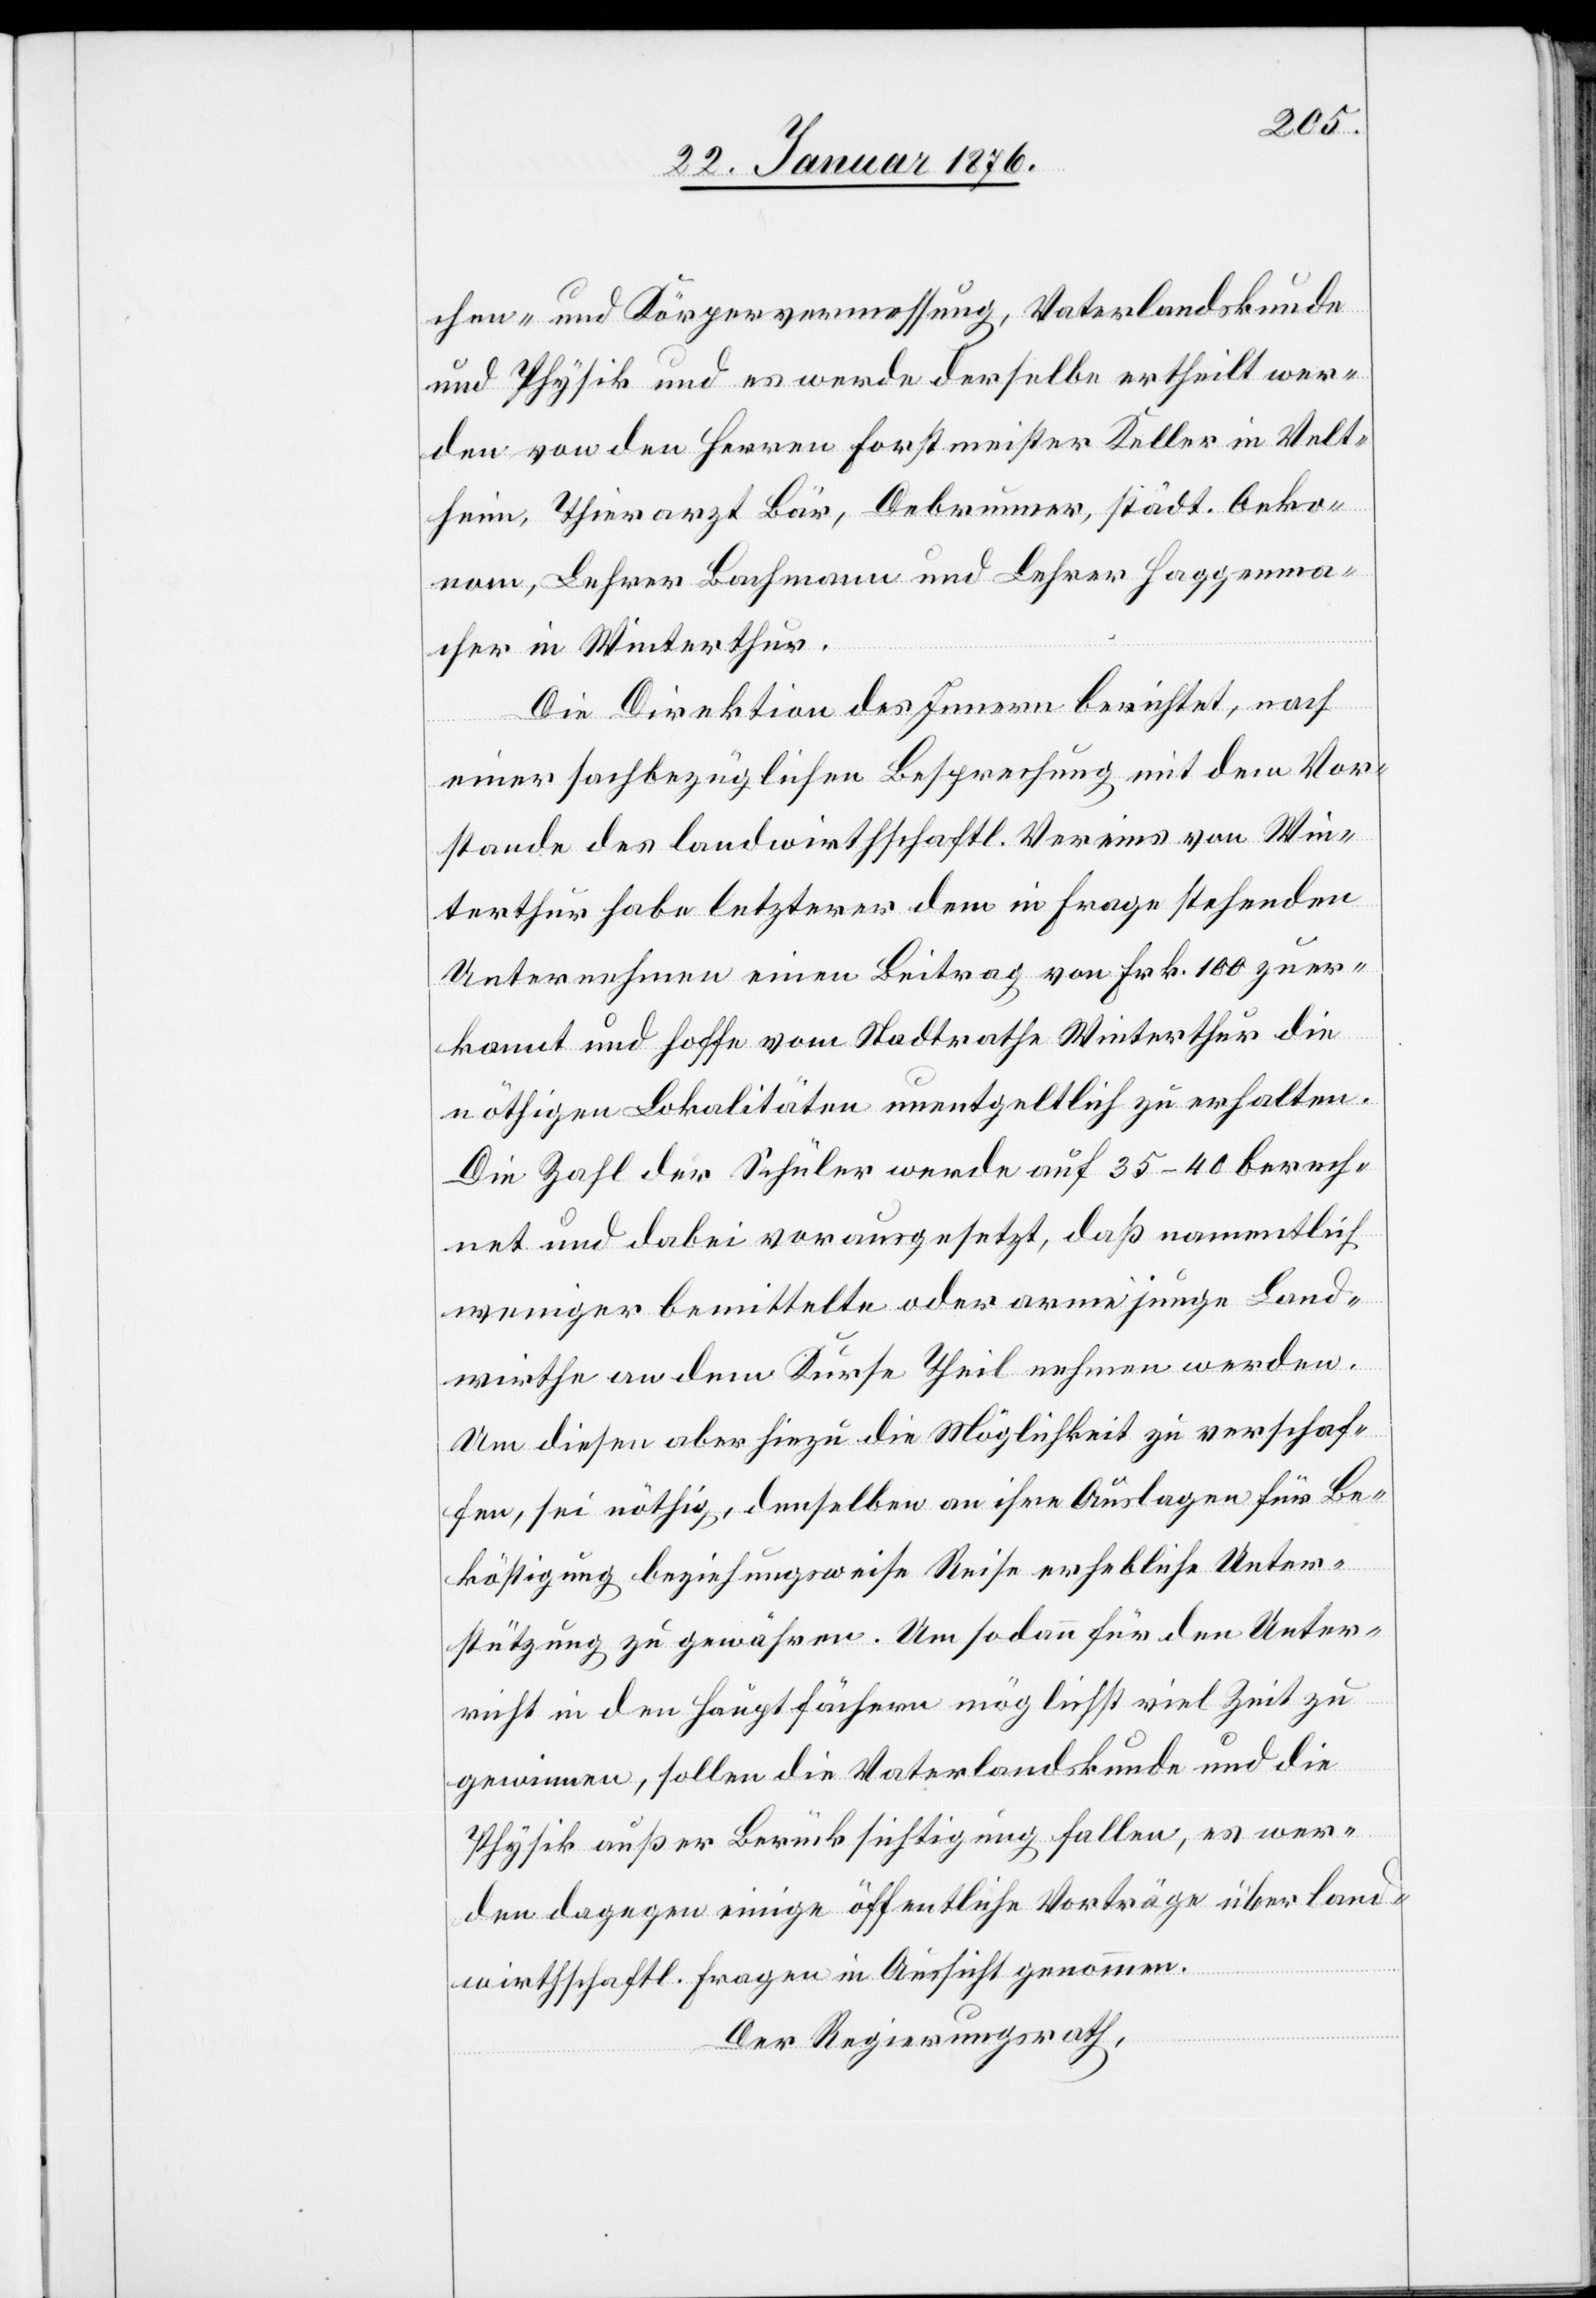
chen- und Körpervermessung, Vaterlandkunde
und Physik und es werde derselbe ertheilt wer¬
den von den Herren Forstmeister Keller in Velt¬
heim, Thierarzt Bär, Debrunner, städt. Oeko¬
nom, Lehrer Bachmann und Lehrer Haggenma¬
cher in Winterthur.
Die Direktion des Innern berichtet, nach
einer sachbezüglichen Besprechung mit dem Vor¬
stande des landwirhschaftl. Vereins von Win¬
terthur habe letzterer dem in Frage stehenden
Unternehmen einen Beitrag von Frk. 100 zuer¬
kannt und hoffe vom Stadtrathe Winterthur die
nöthigen Lokalitäten unentgeltlich zu erhalten.
Die Zahl der Schüler werde auf 35–40 berech¬
net und dabei vorausgesetzt, daß namentlich
weniger bemittelte oder arme junge Land¬
wirthe an dem Kurse Theil nehmen werden.
Um diesen aber hiezu die Möglichkeit zu verschaf¬
fen, sei nöthig, denselben an ihre Auslagen für Be¬
köstigung beziehungsweise Reise erhebliche Unter¬
stützung zu gewähren. Um sodann für den Unter¬
richt in den Hauptfächern möglichst viel Zeit zu
gewinnen, sollen die Vaterlandskunde und die
Physik außer Berücksichtigung fallen, es wer¬
den dagegen einige öffentliche Vorträge über land¬
wirthschaftl. Fragen in Aussicht genommen.
Der Regierungsrath,